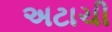
અટાચી